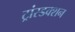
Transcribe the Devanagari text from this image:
ट्रांस्डक्शन